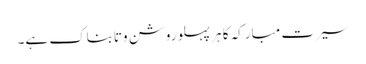
سیرت مبارکہ کا ہر پہلو روشن وتابناک ہے۔